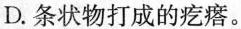
D.条状物打成的疙瘩。